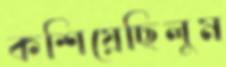
কশিয়েছিলুম